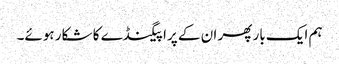
ہم ایک بار پھر ان کے پراپیگنڈے کا شکار ہوئے۔